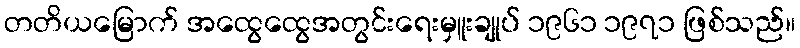
တတိယမြောက် အထွေထွေအတွင်းရေးမှူးချုပ် ၁၉၆၁ ၁၉၇၁ ဖြစ်သည်။